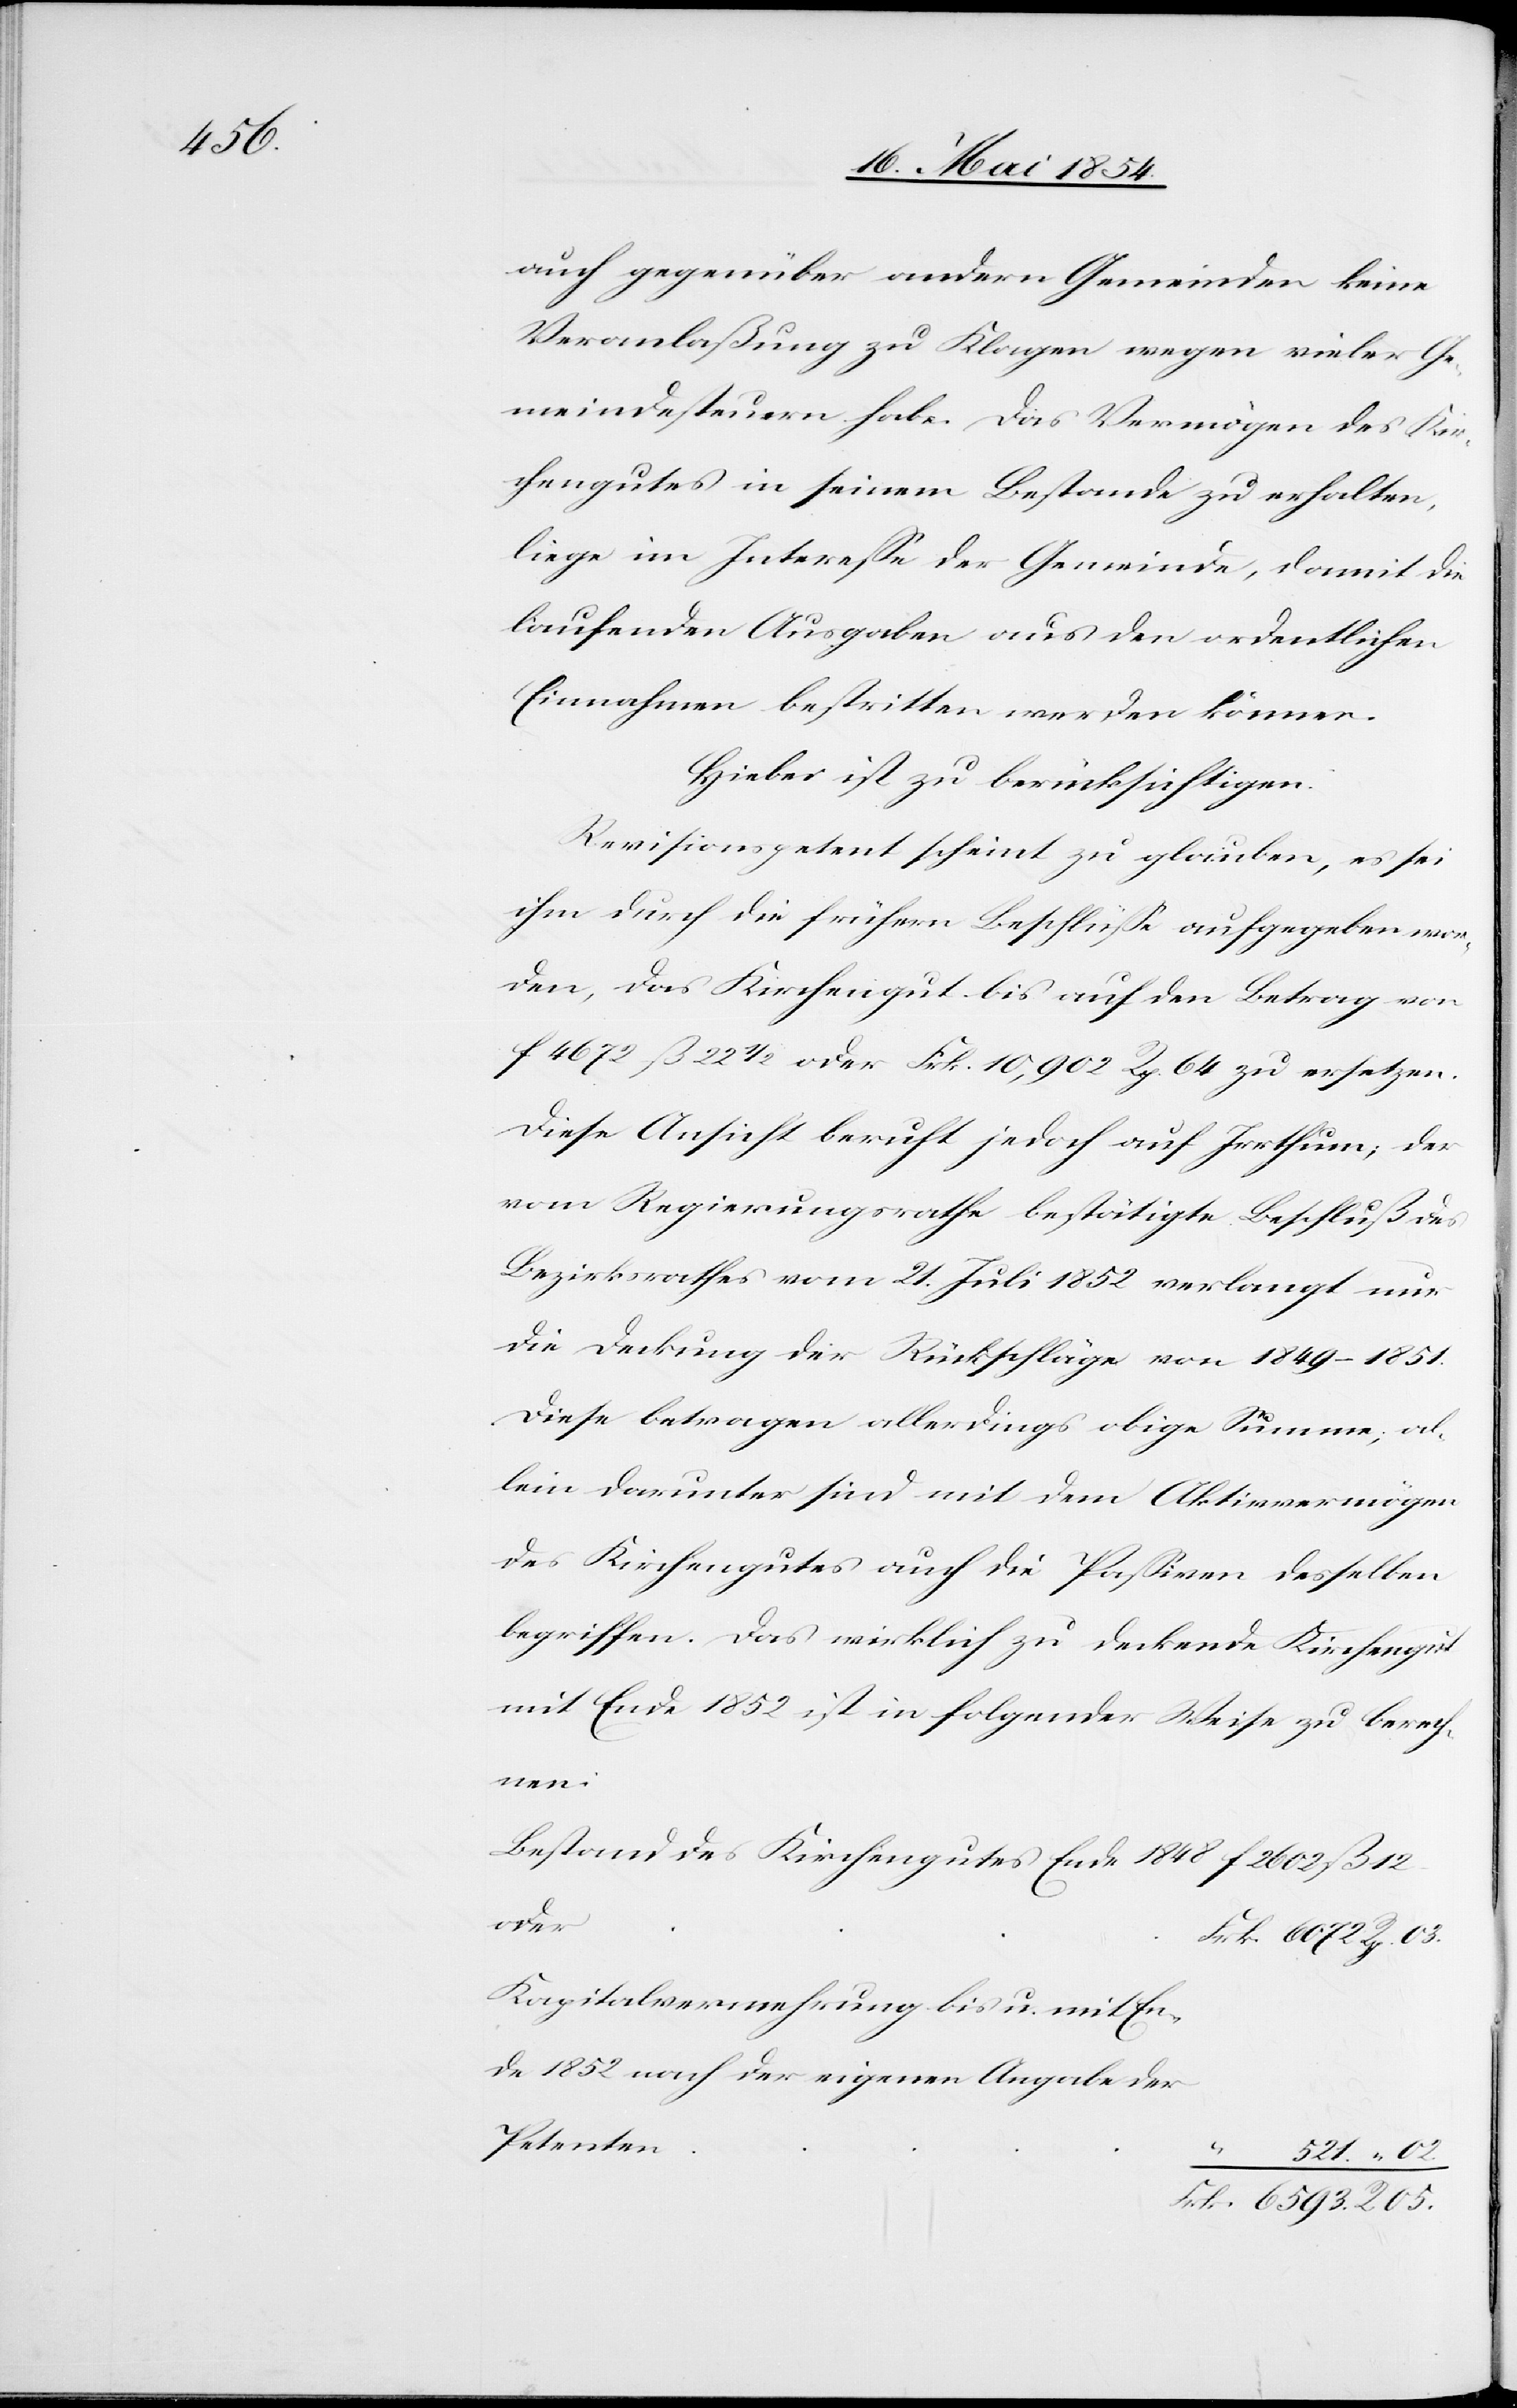
6593.

auch gegenüber andern Gemeinden keine
Veranlaßung zu Klagen wegen vieler Ge¬
meindesteuern habe. Das Vermögen des Kir¬
chengutes in seinem Bestande zu erhalten,
liege im Intereße der Gemeinde, damit die
laufenden Ausgaben aus den ordentlichen
Einnahmen bestritten werden können.
Hiebei ist zu berücksichtigen:
Revisionspetent scheint zu glauben, es sei
ihm durch die frühern Beschlüß aufgegeben wor¬
den, das Kirchengut bis auf den Betrag von
f 4672 ß 22 1/2 oder Frk. 10,902 Rp. 64 zu ersetzen.
Diese Ansicht beruht jedoch auf Irrthum; der
vom Regierungsrathe bestätigte Beschluß des
Bezirksrathes vom 21. Juli 1852 verlangt nur
die Deckung der Rückschläge von 1849–1851.
Diese betragen allerdings obige Summe; al¬
lein darunter sind mit dem Aktivvermögen
des Kirchengutes auch die Paßiven desselben
begriffen. Das wirklich zu deckende Kirchengut
mit Ende 1852 ist in folgender Weise zu berech¬
nen:
Bestand des Kirchengutes Ende 1848
oder
Kapitalvermehrung bis u. mit En¬
de 1852 nach der eigenen Angabe der
Petenten
05.
521.
R.